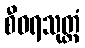
စီဝရသုတ္တံ